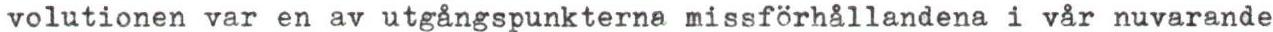
volutionen var en av utgångspunkterna missförhållandena i vår nuvarande